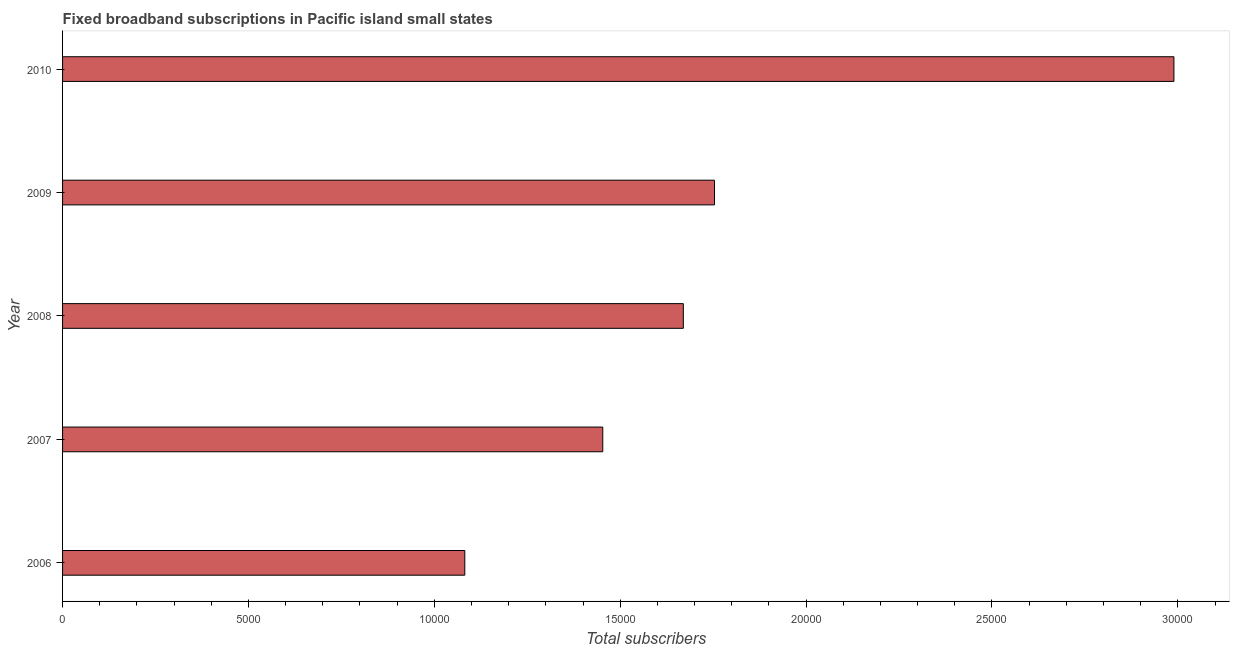
| Year | Fixed broadband subscriptions |
 | --- | --- |
 | 2006 | 1.08e+04 |
 | 2007 | 1.45e+04 |
 | 2008 | 1.67e+04 |
 | 2009 | 1.75e+04 |
 | 2010 | 2.99e+04 |